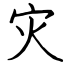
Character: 灾